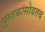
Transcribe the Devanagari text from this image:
पुस्तकांसोबतच